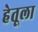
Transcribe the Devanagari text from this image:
हेतूला